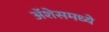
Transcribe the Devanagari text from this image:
ॲशेसमध्ये